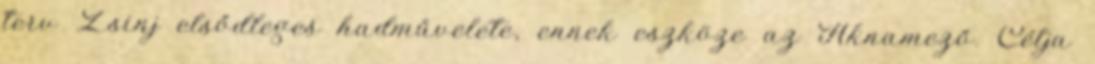
terv Zsinj elsődleges hadművelete, ennek eszköze az Aknamező. Célja